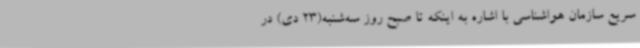
سریع سازمان هواشناسی با اشاره به اینکه تا صبح روز سه‌شنبه(23 دی) در